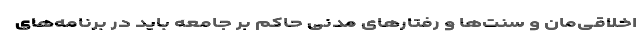
اخلاقی‌مان و سنت‌ها و رفتارهای مدنی حاکم بر جامعه باید در برنامه‌های